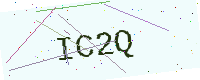
Text: IC2Q